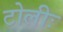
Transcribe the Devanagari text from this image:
टोलीः